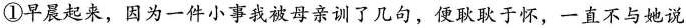
①早晨起来，因为一件小事我被母亲训了几句，便耿耿于怀，一直不与她说